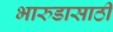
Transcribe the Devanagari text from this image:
भारुडासाठी